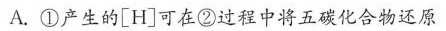
A.①产生的\left[H \right]可在②过程中将五碳化合物还原